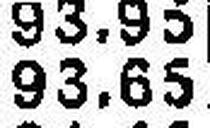
93.65